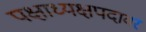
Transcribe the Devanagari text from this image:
पक्षाध्यक्षपदावर